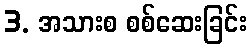
3. အသားစ စစ်ဆေးခြင်း